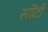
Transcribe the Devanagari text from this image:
सोंटी